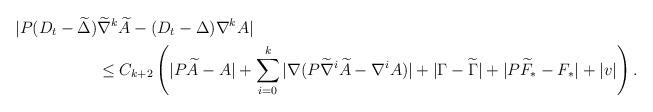
LaTeX: \begin{align*}|P(D_t -\widetilde \Delta)&\widetilde\nabla^k \widetilde A - (D_t - \Delta) \nabla^k A|\\& \le C_{k+2} \left(|P\widetilde A -A|+\sum_{i=0}^{k} |\nabla (P\widetilde\nabla^i \widetilde A - \nabla^i A)| + |\Gamma - \widetilde \Gamma|+ |P\widetilde F_* - F_*| + |v|\right).\end{align*}